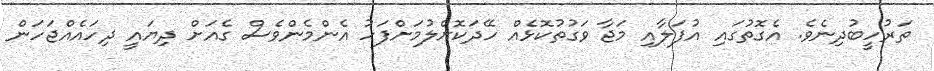
ތަރުހީބުދިނެވެ. އެގޮތުގައި އުފަލާއި މަޖާ ވަގުތުކޮޅެއް ހޭދަކޮށްލުމަށްފަހު އެންމެންވެސް ގެއަށް ދިޔައީ ދިހައެއްޖަހަން